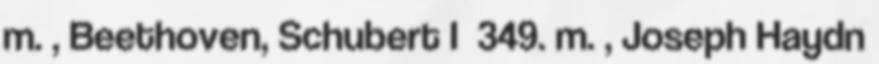
m. , Beethoven, Schubert I 349. m. , Joseph Haydn